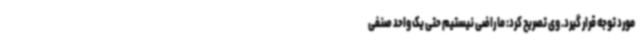
مورد توجه قرار گیرد. وی تصریح کرد: ما راضی نیستیم حتی یک واحد صنفی